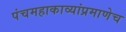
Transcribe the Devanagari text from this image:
पंचमहाकाव्यांप्रमाणेच